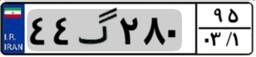
۴۴گ۲۸۰۹۵